Punjab Mental Hospital Lahore 1932-46 - 1932-1946
Year: 1932
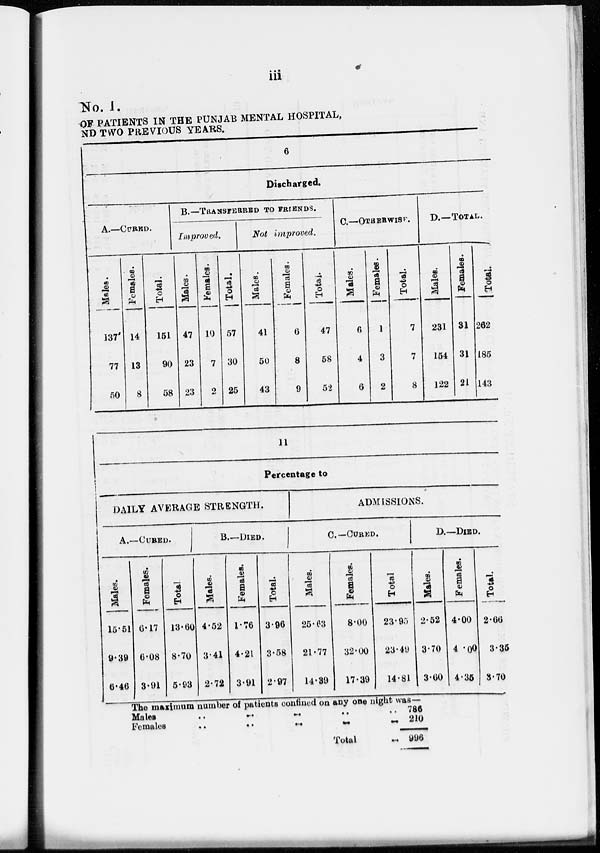
iii
No. I.
OF PATIENTS IN THE PUNJAB MENTAL HOSPITAL,
AND TWO PREVIOUS YEARS.
6
Discharged.
A.—CURED.
Males.
137
77
50
Females.
14
13
8
Total.
151
90
58
B.—TRANSFERRED TO FRIENDS.
Improved.
Males.
47
23
23
Females.
10
7
2
Total.
57
30
25
Not Improved.
Males.
41
50
43
Females.
6
8
9
Total.
47
58
52
C.—OTHERWISE.
Males.
6
4
6
Females.
1
3
2
Total.
7
7
8
D.—TOTAL.
Males.
231
154
122
Females.
31
31
21
Total.
262
185
143
11
Percentage to
DAILY AVERAGE STRENGTH.
A.—CURED.
Males.
15.51
9.39
6.46
Females.
6.17
6.08
3.91
Total
13.60
8.70
5.93
B—DIED.
Males.
4.52
3.41
2.72
Females.
1.76
4.21
3.91
Total.
3.96
3.58
2.97
ADMISSIONS.
C— CURED.
Males.
25.63
21.77
14.39
Females.
8.00
32.00
17.39
Total.
23.95
23.49
14.81
D.—DIED.
Males.
2.52
3.70
3.60
Females.
4.00
4.00
4.35
Total.
2.66
3.35
3.70
The maximum number of patients confined on any one night was—
Males
..
..
..
..
..
Females
..
..
..
..
..
Total ..
786
210
996